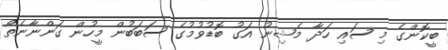
ބީކޮންގެ މި ސައި ހަދާ މެޝިނު އަގު ބޮޑުވުމުގެ ސަބަބުން މީހުން ގަންނާނެތޯ